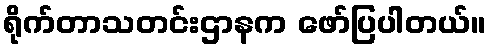
ရိုက်တာသတင်းဌာနက ဖော်ပြပါတယ်။